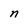
Character: n